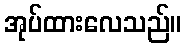
အုပ်ထားလေသည်။